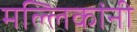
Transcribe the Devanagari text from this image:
मल्लिकांनी